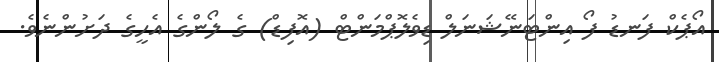
އޯޕެކް ފަނޑު ފޯ އިންޓަނޭޝަނަލް ޑިވެލޮޕްމަންޓް (އޮފިޑް) ގެ ލޯންގެ އެހީގެ ދަށުންނެވެ.